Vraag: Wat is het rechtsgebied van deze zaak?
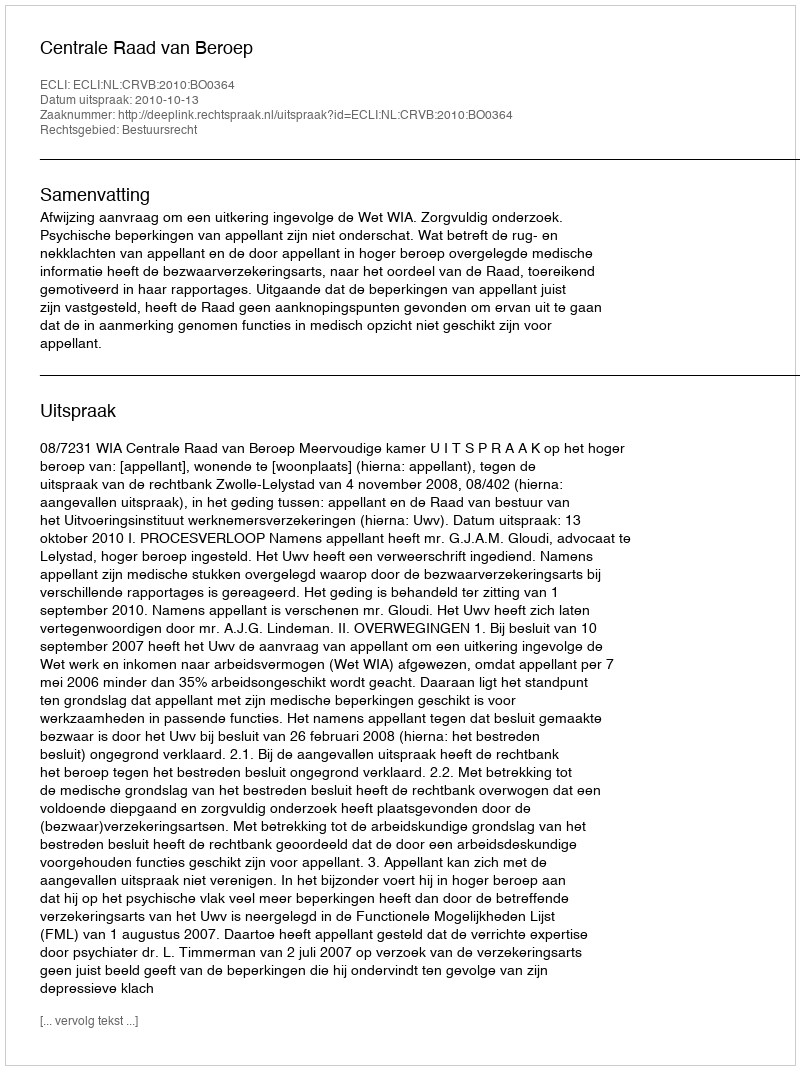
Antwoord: Bestuursrecht